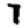
Digit: 7